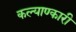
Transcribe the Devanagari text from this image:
कल्याण्कारी